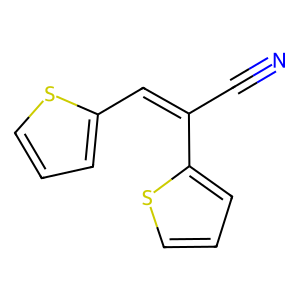
SMILES: N#CC(=Cc1cccs1)c1cccs1
Inhibits HIV replication: No